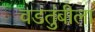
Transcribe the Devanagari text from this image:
वडतुंबीला